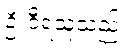
ဦးဝီရသူသည်